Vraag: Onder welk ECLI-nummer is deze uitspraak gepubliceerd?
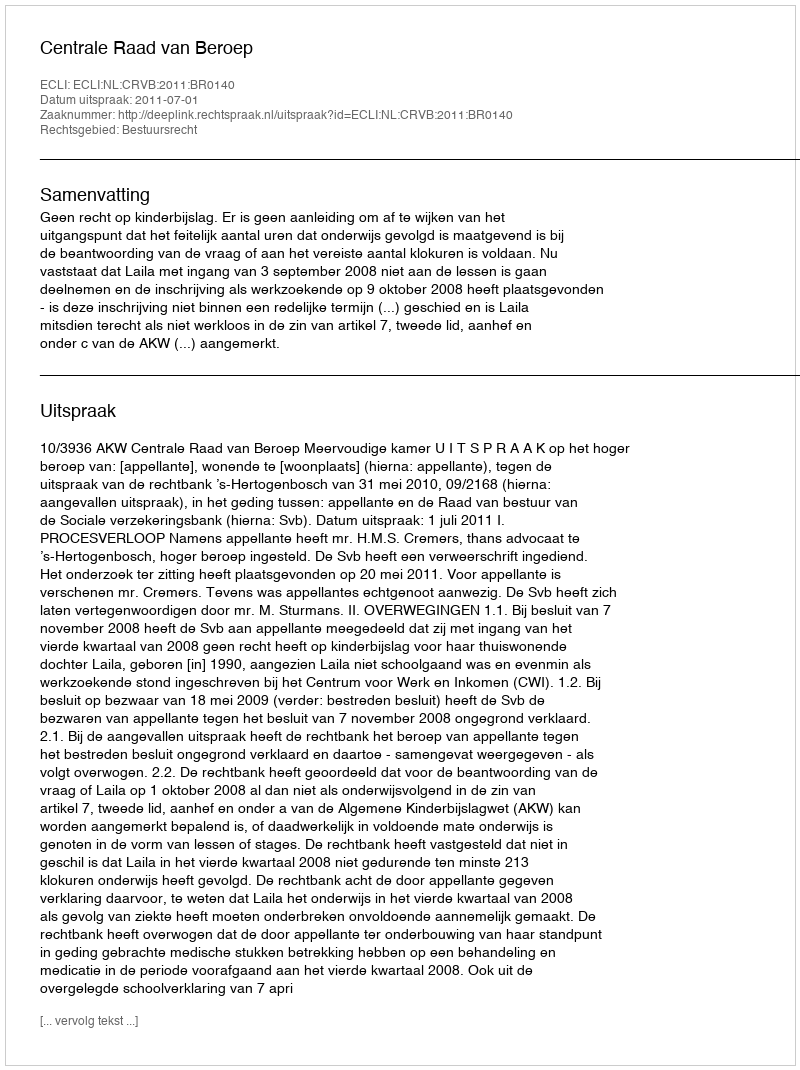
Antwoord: ECLI:NL:CRVB:2011:BR0140